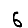
Digit: 6